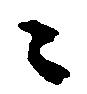
々